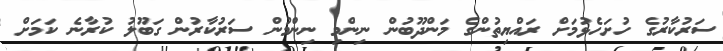
ސަރުކާރުގެ ހުށަހެޅުމަށް ރައްޔިތުންގެ މަންދޫބުން ނިންމި ނިންމުން ސަރުކާރުން ގަބޫލު ކުރާނެ ކަމަށް